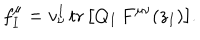
f _ { I } ^ { \mu } = v _ { \nu } ^ { I } \, \mathrm { t r } \, \bigl [ Q _ { I } \, F ^ { \mu \nu } ( z _ { I } ) \bigr ] .